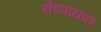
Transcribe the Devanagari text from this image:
सँडपायपर